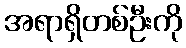
အရာရှိတစ်ဦးကို